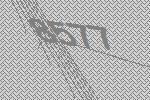
8577